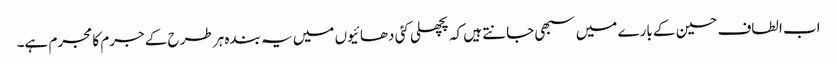
اب الطاف حسین کے بارے میں سبھی جانتے ہیں کہ پچھلی کئی دھائیوں میں یہ بندہ ہر طرح کے جرم کا مجرم ہے۔